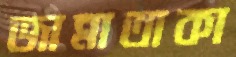
জান্নাতাকা